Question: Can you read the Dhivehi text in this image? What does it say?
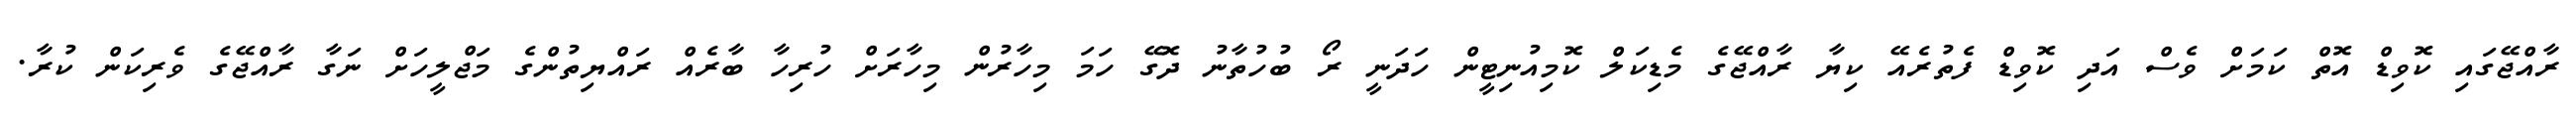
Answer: ރާއްޖޭގައި ކޮވިޑް އޮތް ކަމަށް ވެސް އަދި ކޮވިޑް ފެތުރެއޭ ކިޔާ ރާއްޖޭގެ މެޑިކަލް ކޮމިއުނިޓީން ހަދަނީ ރޯ ބުހުތާނު ދޮގޭ ހަމަ މިހާރުން މިހާރަށް ހުރިހާ ބާރެއް ރައްޔިތުންގެ މަޖްލީހަށް ނަގާ ރާއްޖޭގެ ވެރިކަން ކުރާ.